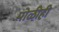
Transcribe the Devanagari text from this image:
पोळीही